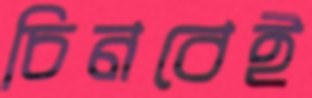
চিনবেই